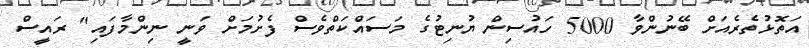
އަތޮޅުތެރެއަށް ބޭނުންވާ 5000 ހައުސިން ޔުނިޓުގެ މަސައްކަތްވެސް ފެށުމަށް ވަނީ ނިންމާފައި" ރައީސް